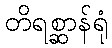
တိရစ္ဆာန်ရုံ